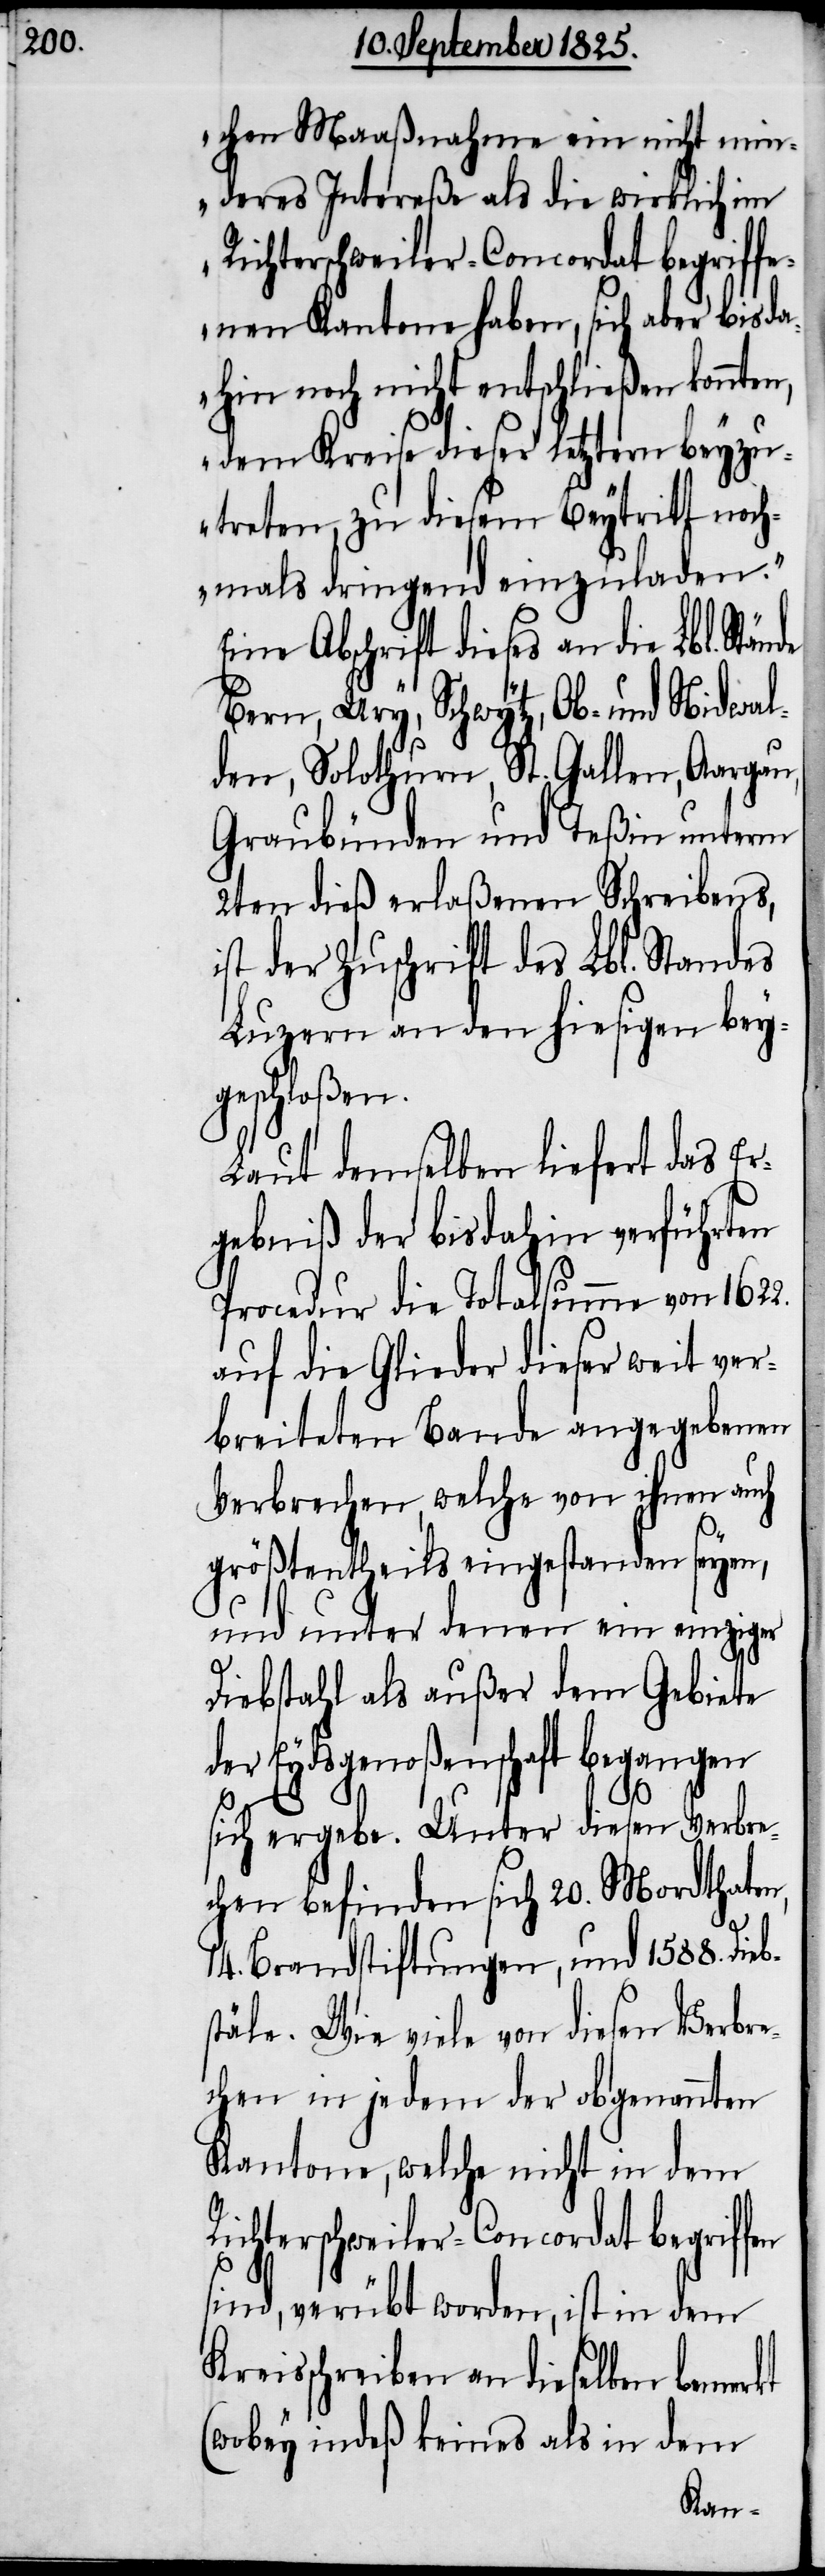
chen Maaßnahme ein nicht min¬
deres Intereße als die wirklich im
Richterschweiler-Concordat begriffe¬
nen Kantone haben, sich aber bis
dahin noch nicht entschließen konnten,
dem Kreise dieser letztern beyz¬
utreten, zu diesem Beytritt noch¬
mals dringend einzuladen“.
l. Stän¬
Eine Abschrift dieses an d¬
Bern, Ury, Schwytz, Ob- und Nidwal¬
den, Solothurn, St. Gallen, Aargau,
Graubünden und Teßin unterm
2ten dieß erlaßenen Schreibens,
ist der Zuschrift des Lbl. Standes
Luzern an den hiesigen bey¬
geschloßen.
Laut demselben liefert das Er¬
gebniß der bis dahin verführten
Procedur die Totalsumme von
auf die Glieder dieser weit ver¬
breiteten Bande angegebenen
Verbrechen, welche von ihnen auch
größtentheils eingestanden seyen,
und unter denen ein einziger
Diebstahl als außer dem Gebiete
der Eydsgenoßenschaft begangen
s¬
sich ergebe. Unter diesen Verbre¬
chen befinden sich 20. Mordthat¬
14. Brandstiftungen, und 1588. Dieb¬
tähle. Wie viele von diesen Verbre¬
chen in jedem der obgenannten
Kantone, welche nicht in dem
Richterschweiler-Concordat begriffen
sind, verübt worden, ist in dem
Kreisschrieben an dieselben bemerkt
(wobey indeß keines als in dem
en,